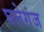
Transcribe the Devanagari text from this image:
घलेगंज